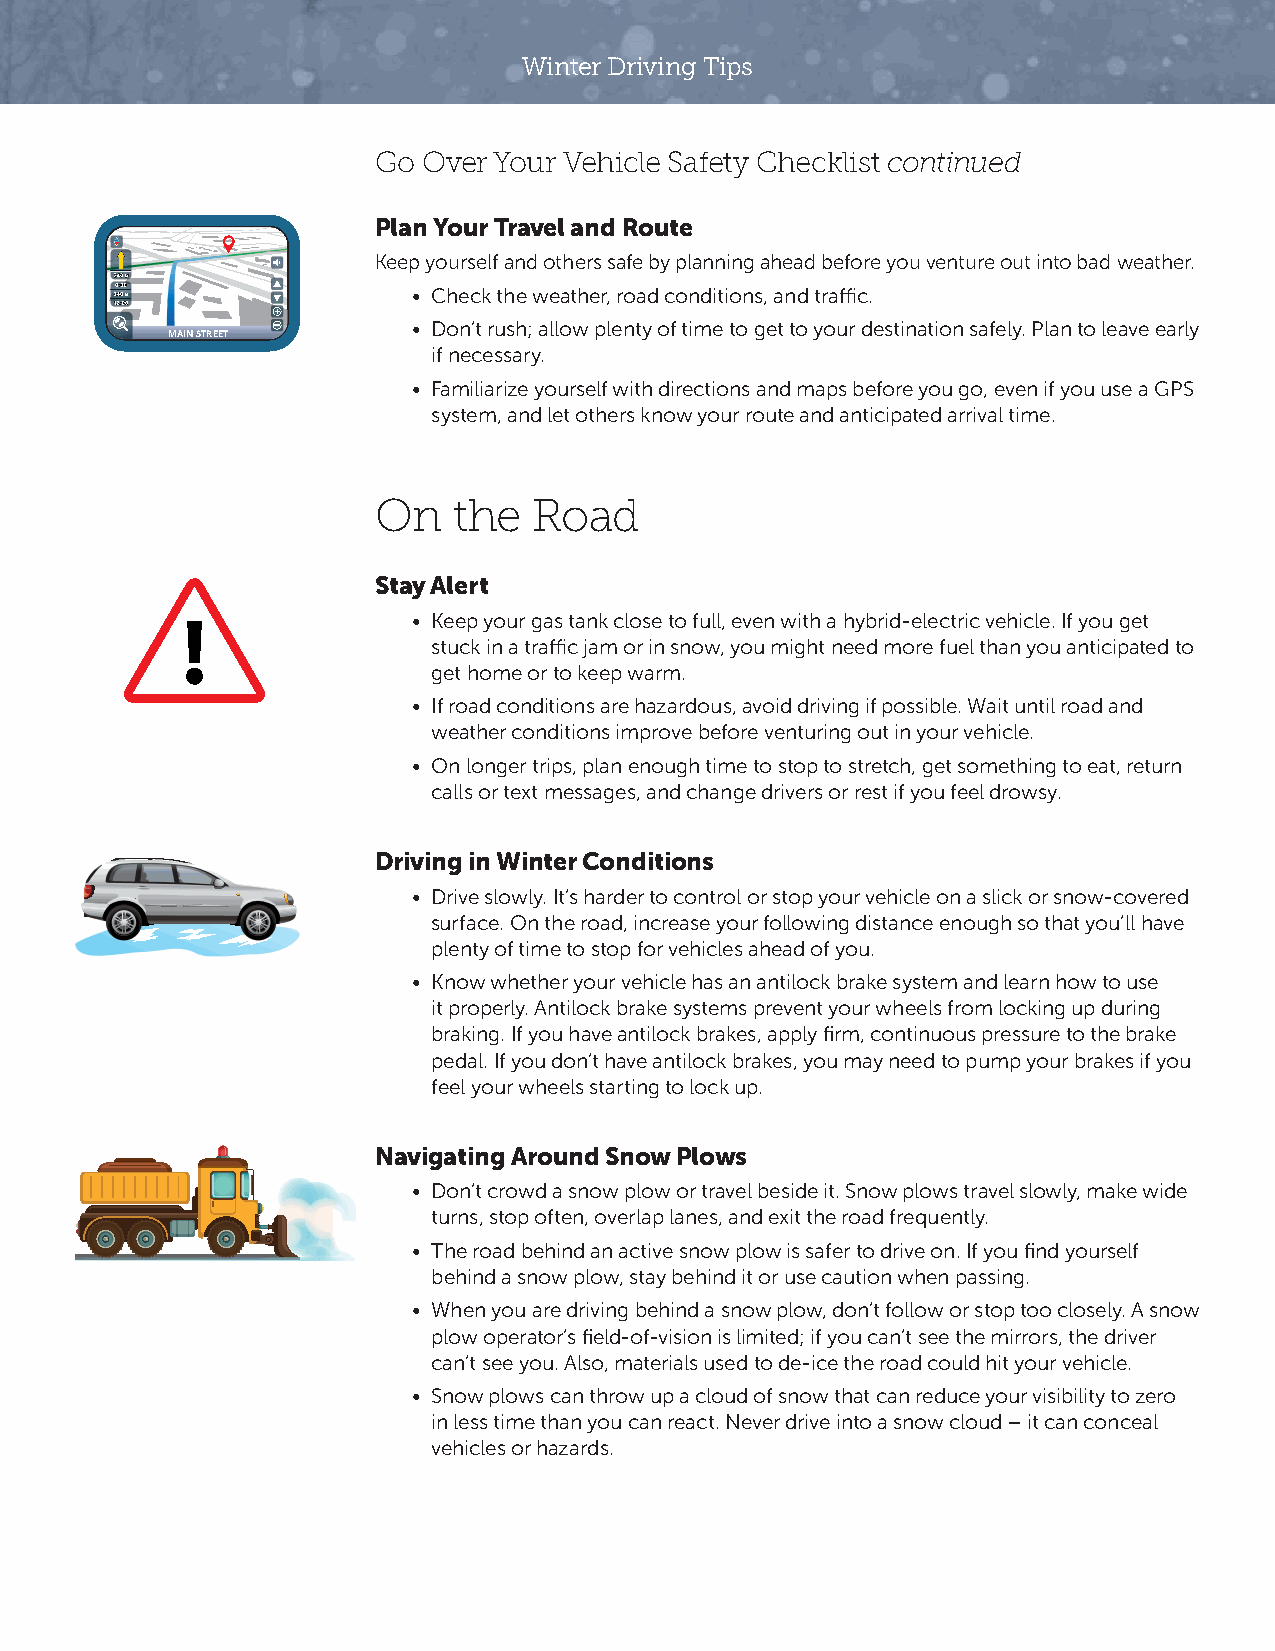
Winter Driving Tips
 Go Over Your Vehicle Safety Checklist continued
 Plan Your Travel and Route
 Keep yourself and others safe by planning ahead before you venture out into bad weather.
 • Check the weather, road conditions, and traffic.
 • Don’t rush; allow plenty of time to get to your destination safely. Plan to leave early
 MAIN STREET
 if necessary.
 • Familiarize yourself with directions and maps before you go, even if you use a GPS
 system, and let others know your route and anticipated arrival time.
 On   the  Road
 Stay Alert
 • Keep your gas tank close to full, even with a hybrid-electric vehicle. If you get
 stuck in a traffic jam or in snow, you might need more fuel than you anticipated to
 get home or to keep warm.
 • If road conditions are hazardous, avoid driving if possible. Wait until road and
 weather conditions improve before venturing out in your vehicle.
 • On longer trips, plan enough time to stop to stretch, get something to eat, return
 calls or text messages, and change drivers or rest if you feel drowsy.
 Driving in Winter Conditions
 • Drive slowly. It’s harder to control or stop your vehicle on a slick or snow-covered
 surface. On the road, increase your following distance enough so that you’ll have
 plenty of time to stop for vehicles ahead of you.
 • Know whether your vehicle has an antilock brake system and learn how to use
 it properly. Antilock brake systems prevent your wheels from locking up during
 braking. If you have antilock brakes, apply firm, continuous pressure to the brake
 pedal. If you don’t have antilock brakes, you may need to pump your brakes if you
 feel your wheels starting to lock up.
 Navigating Around Snow Plows
 • Don’t crowd a snow plow or travel beside it. Snow plows travel slowly, make wide
 turns, stop often, overlap lanes, and exit the road frequently.
 • The road behind an active snow plow is safer to drive on. If you find yourself
 behind a snow plow, stay behind it or use caution when passing.
 • When you are driving behind a snow plow, don’t follow or stop too closely. A snow
 plow operator’s field-of-vision is limited; if you can’t see the mirrors, the driver
 can’t see you. Also, materials used to de-ice the road could hit your vehicle.
 • Snow plows can throw up a cloud of snow that can reduce your visibility to zero
 in less time than you can react. Never drive into a snow cloud – it can conceal
 vehicles or hazards.